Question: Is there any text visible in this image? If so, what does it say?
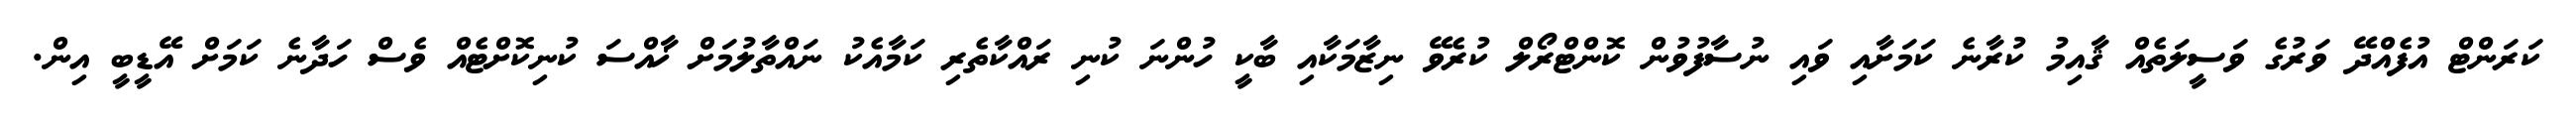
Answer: ކަރަންޓް އުފެއްދޭ ވަރުގެ ވަސީލަތެއް ޤާއިމު ކުރާނެ ކަމަށާއި ވައި ނުސާފުވުން ކޮންޓްރޯލް ކުރެވޭ ނިޒާމަކާއި ބާކީ ހުންނަ ކުނި ރައްކާތެރި ކަމާއެކު ނައްތާލުމަށް ޚާއްސަ ކުނިކޮށްޓެއް ވެސް ހަދާނެ ކަމަށް އޭޑީބީ އިން.